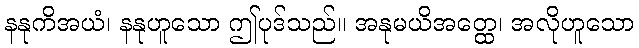
နနုကိအယံ၊ နနုဟူသော ဤပုဒ်သည်။ အနုမယိအတ္ထေ၊ အလိုဟူသော